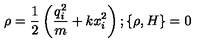
\rho = \frac { 1 } { 2 } \left( \frac { q _ { i } ^ { 2 } } { m } + k x _ { i } ^ { 2 } \right) ; \{ \rho , H \} = 0